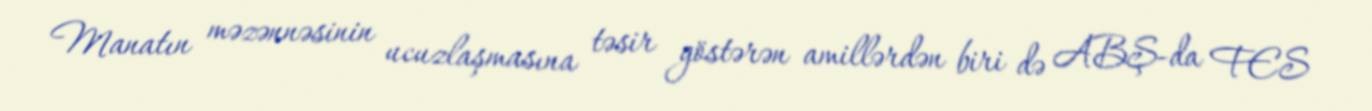
Manatın məzənnəsinin ucuzlaşmasına təsir göstərən amillərdən biri də ABŞ-da FES